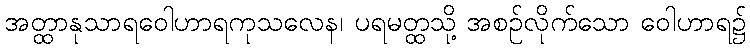
အတ္ထာနုသာရဝေါဟာရကုသလေန၊ ပရမတ္ထသို့ အစဉ်လိုက်သော ဝေါဟာရ၌